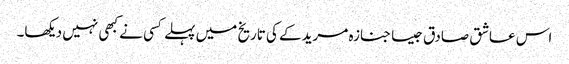
اس عاشق صادق جیسا جنازہ مریدکے کی تاریخ میں پہلے کسی نے کبھی نہیں دیکھا۔